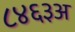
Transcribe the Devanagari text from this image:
८४६३अ